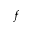
\boldsymbol { f }